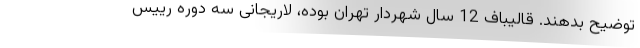
توضیح بدهند. قالیباف 12 سال شهردار تهران بوده، لاریجانی سه دوره رییس